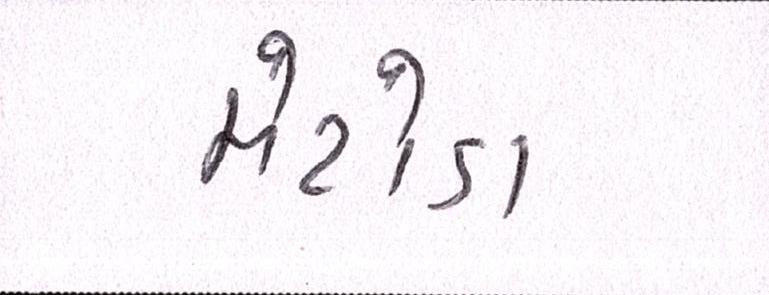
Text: મેટોડા